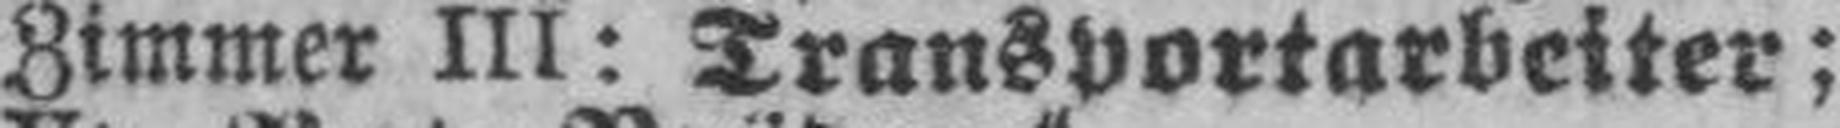
Zimmer III: Transportarbeiter;